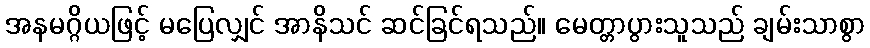
အနမဂ္ဂိယဖြင့် မပြေလျှင် အာနိသင် ဆင်ခြင်ရသည်။ မေတ္တာပွားသူသည် ချမ်းသာစွာ